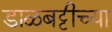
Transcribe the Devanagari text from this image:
डाळबट्टीच्या